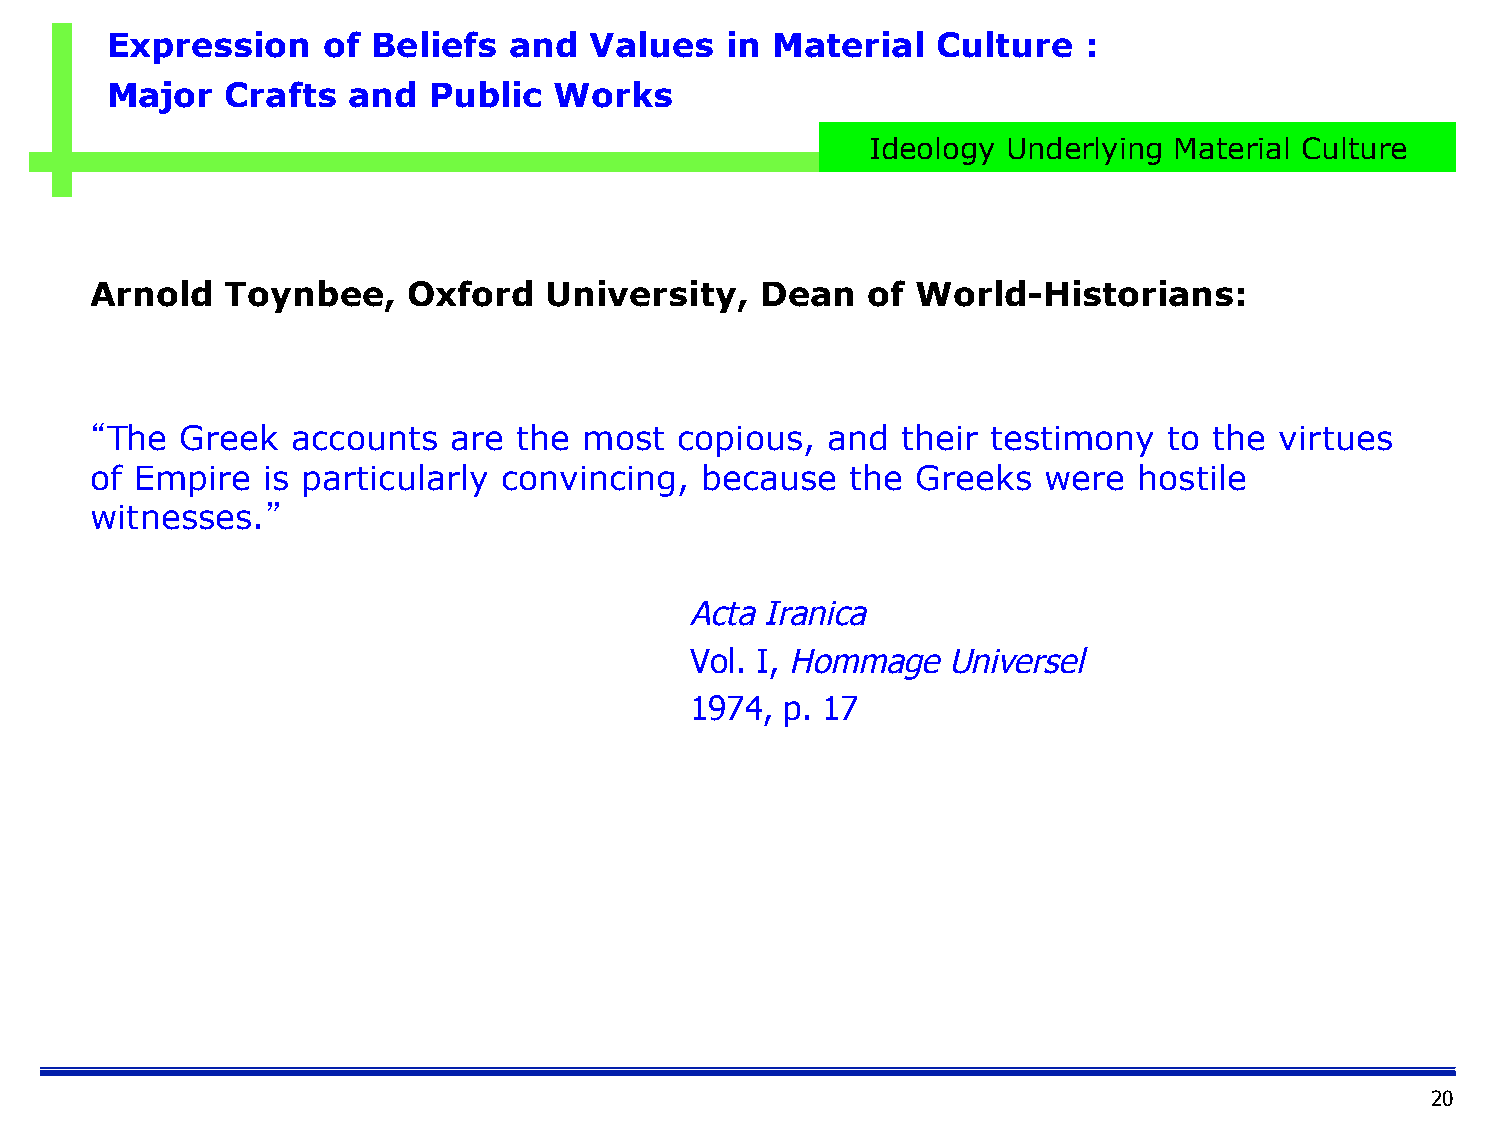
Expression    of  Beliefs  and  Values   in Material   Culture   :
 Major   Crafts  and  Public   Works
 Ideology Underlying Material Culture
 Arnold   Toynbee,    Oxford   University,   Dean   of  World-Historians:
 “The  Greek  accounts   are the  most  copious,  and  their testimony  to the  virtues
 of Empire  is particularly convincing,  because   the  Greeks  were  hostile
 witnesses.”
 Acta Iranica
 Vol. I, Hommage  Universel
 1974, p. 17
 20